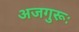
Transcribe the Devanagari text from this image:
अजगुरूः